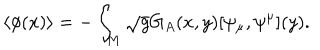
\langle \phi ( x ) \rangle = - \int _ { M } \sqrt { g } G _ { A } ( x , y ) [ \psi _ { \mu } , \psi ^ { \mu } ] ( y ) .